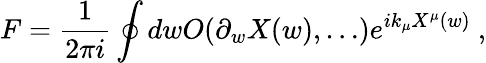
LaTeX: F=\frac{1}{2\pi i}\oint dwO(\partial_{w}X(w),\dots)e^{ik_{\mu}X^{\mu}(w)}\ ,